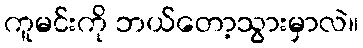
ကူမင်းကို ဘယ်တော့သွားမှာလဲ။